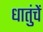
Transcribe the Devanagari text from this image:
धातुंचें